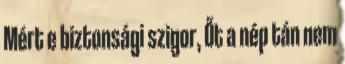
Mért e biztonsági szigor, Őt a nép tán nem